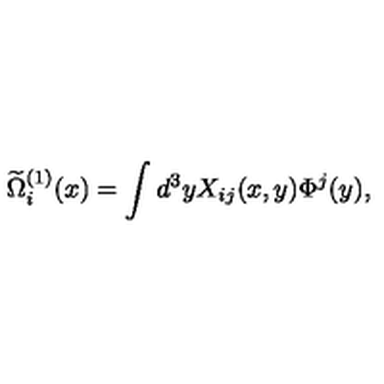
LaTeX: \widetilde { \Omega } _ { i } ^ { ( 1 ) } ( x ) = \int d ^ { 3 } y X _ { i j } ( x , y ) \Phi ^ { j } ( y ) ,